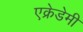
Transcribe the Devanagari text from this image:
एक्रेडेमी